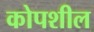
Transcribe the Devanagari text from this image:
कोपशील